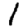
Digit: 1